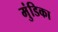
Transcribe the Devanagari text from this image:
मुंडिका